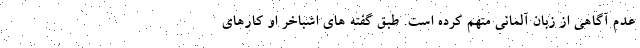
عدم آگاهی از زبان آلمانی متهم کرده است. طبق گفته های اشباخر او کارهای